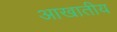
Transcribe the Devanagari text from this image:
आखातीय